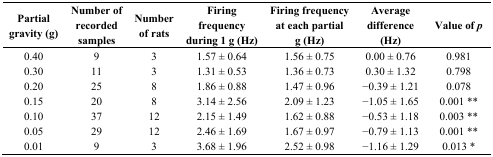
<table><thead><tr><td><b>Partial gravity (g)</b></td><td><b>Number of recorded samples</b></td><td><b>Number of rats</b></td><td><b>Firing frequency during 1 g (Hz)</b></td><td><b>Firing frequency at each partial g (Hz)</b></td><td><b>Average difference (Hz)</b></td><td><b>Value of<i>p</i></b></td></tr></thead><tbody><tr><td>0.40</td><td>9</td><td>3</td><td>1.57 ± 0.64</td><td>1.56 ± 0.75</td><td>0.00 ± 0.76</td><td>0.981</td></tr><tr><td>0.30</td><td>11</td><td>3</td><td>1.31 ± 0.53</td><td>1.36 ± 0.73</td><td>0.30 ± 1.32</td><td>0.798</td></tr><tr><td>0.20</td><td>25</td><td>8</td><td>1.86 ± 0.88</td><td>1.47 ± 0.96</td><td>−0.39 ± 1.21</td><td>0.078</td></tr><tr><td>0.15</td><td>20</td><td>8</td><td>3.14 ± 2.56</td><td>2.09 ± 1.23</td><td>−1.05 ± 1.65</td><td>0.001 **</td></tr><tr><td>0.10</td><td>37</td><td>12</td><td>2.15 ± 1.49</td><td>1.62 ± 0.88</td><td>−0.53 ± 1.18</td><td>0.003 **</td></tr><tr><td>0.05</td><td>29</td><td>12</td><td>2.46 ± 1.69</td><td>1.67 ± 0.97</td><td>−0.79 ± 1.13</td><td>0.001 **</td></tr><tr><td>0.01</td><td>9</td><td>3</td><td>3.68 ± 1.96</td><td>2.52 ± 0.98</td><td>−1.16 ± 1.29</td><td>0.013 *</td></tr></tbody></table>